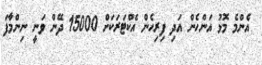
އެންމެ މޮޅު އަންހެން އަދި ފިރިހެން އެކްޓަރަކަށް 15000 ދޭން ވަނީ ނިންމާފަ